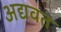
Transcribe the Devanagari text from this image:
अद्यवत